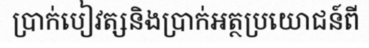
ប្រាក់បៀវត្សនិងប្រាក់អត្ថប្រយោជន៍ពី